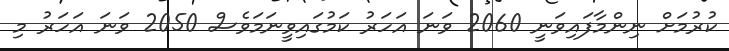
ކުރުމަށް ނިންމާފައިވަނީ 2060 ވަނަ އަހަރު ކަމުގައިވީނަމަވެސް 2050 ވަނަ އަހަރު މި